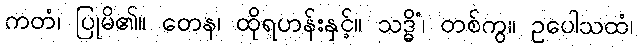
ကတံ၊ ပြုမိ၏။ တေန၊ ထိုရဟန်းနှင့်။ သဒ္ဓိံ၊ တစ်ကွ။ ဥပေါသထံ၊